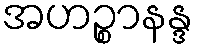
အဟဉ္စာနန္ဒ